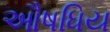
ઔષધિય